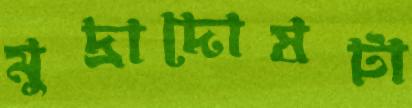
মুদ্রাদোষটা